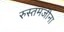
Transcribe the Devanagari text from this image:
रुस्तमजीना